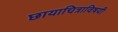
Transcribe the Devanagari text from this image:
छायाचित्राविषयी